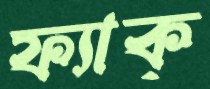
ফ্যাক্